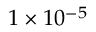
1 \times 1 0 ^ { - 5 }